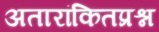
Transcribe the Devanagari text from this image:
अतारांकितप्रश्न